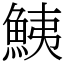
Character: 鮧